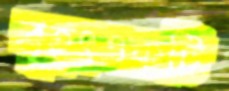
বৃহৎএকটি